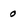
Character: o